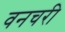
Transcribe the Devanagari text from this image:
वनचरी